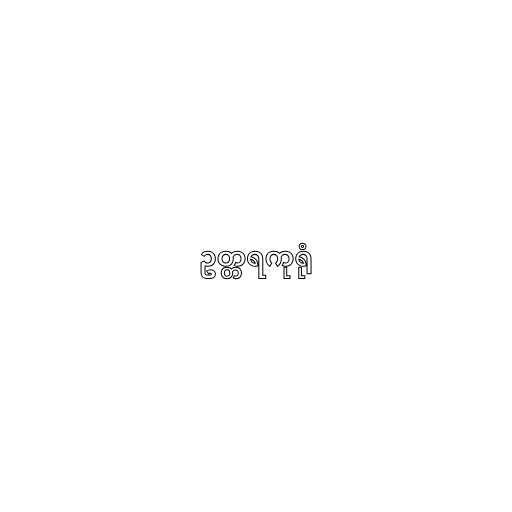
ဥတ္တရကုရုံ